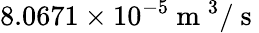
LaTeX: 8.0671\times 10^{-5}\mathrm{~m~}^{3}/\mathrm{~s~}